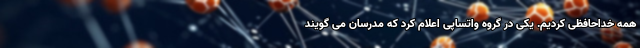
همه خداحافظی کردیم. یکی در گروه واتساپی اعلام کرد که مدرسان می گویند